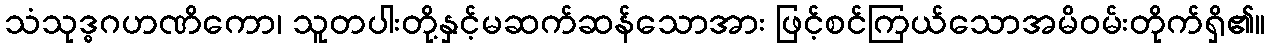
သံသုဒ္ဓဂဟဏိကော၊ သူတပါးတို့နှင့်မဆက်ဆန်သောအား ဖြင့်စင်ကြယ်သောအမိဝမ်းတိုက်ရှိ၏။